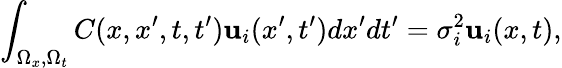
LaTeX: \int_{\Omega_{x},\Omega_{t}}C(x,x^{\prime},t,t^{\prime}){\mathbf{u}}_{i}(x^{\prime},t^{\prime})dx^{\prime}dt^{\prime}=\sigma_{i}^{2}{\mathbf{u}}_{i}(x,t),